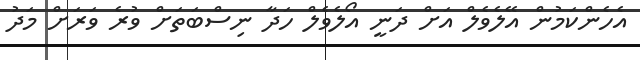
އެހެންކަމުން އޭލެވެލް އަށް ދަނީ އޯލެވެލް ހަދާ ނިސްބަތަށް ވުރެ ވަރަށް މަދު